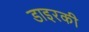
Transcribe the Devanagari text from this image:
डाइरकी